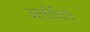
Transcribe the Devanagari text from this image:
अलीघिरी